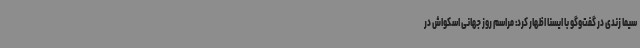
سیما زندی در گفت‌وگو با ایسنا اظهار کرد: مراسم روز جهانی اسکواش در